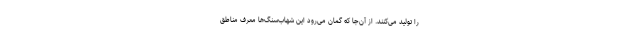
را تولید می‌کنند. از آن‌جا که گمان می‌رود این شهاب‌سنگ‌ها معرف مناطق